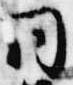
同